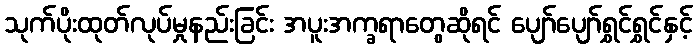
သုက်ပိုးထုတ်လုပ်မှုနည်းခြင်း အပူးအက္ခရာတွေဆိုရင် ပျော်ပျော်ရွှင်ရွှင်နှင့်